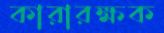
কারারক্ষক